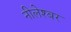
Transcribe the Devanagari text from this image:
नीलेश्बर